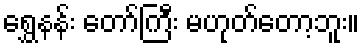
ရွှေနန်း တော်ကြီး မဟုတ်တော့ဘူး။